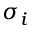
\sigma _ { i }